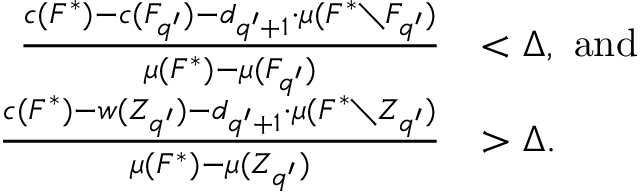
\begin{array} { r l } { \frac { c ( F ^ { * } ) - c ( F _ { q ^ { \prime } } ) - d _ { q ^ { \prime } + 1 } \cdot \mu ( F ^ { * } \setminus F _ { q ^ { \prime } } ) } { \mu ( F ^ { * } ) - \mu ( F _ { q ^ { \prime } } ) } } & { < \Delta , \ \mathrm { a n d } } \\ { \frac { c ( F ^ { * } ) - w ( Z _ { q ^ { \prime } } ) - d _ { q ^ { \prime } + 1 } \cdot \mu ( F ^ { * } \setminus Z _ { q ^ { \prime } } ) } { \mu ( F ^ { * } ) - \mu ( Z _ { q ^ { \prime } } ) } } & { > \Delta . } \end{array}